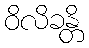
ဝိလိခန္တိ